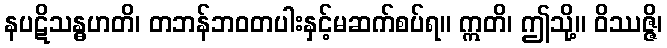
နပဋိသန္ဓဟတိ၊ တဘန်ဘဝတပါးနှင့်မဆက်စပ်ရ။ ဣတိ၊ ဤသို့။ ဝိဿဇ္ဇိ၊